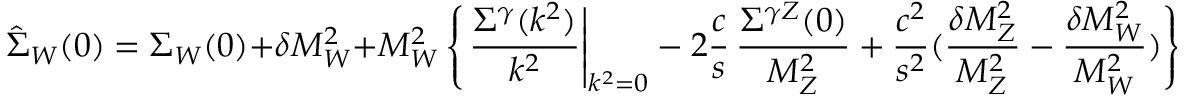
\hat { \Sigma } _ { W } ( 0 ) = { \Sigma } _ { W } ( 0 ) + \delta M _ { W } ^ { 2 } + M _ { W } ^ { 2 } \left\{ \left. { \frac { \Sigma ^ { \gamma } ( k ^ { 2 } ) } { k ^ { 2 } } } \right| _ { k ^ { 2 } = 0 } - 2 { \frac { c } { s } } \, { \frac { \Sigma ^ { \gamma Z } ( 0 ) } { M _ { Z } ^ { 2 } } } + { \frac { c ^ { 2 } } { s ^ { 2 } } } ( { \frac { \delta M _ { Z } ^ { 2 } } { M _ { Z } ^ { 2 } } } - { \frac { \delta M _ { W } ^ { 2 } } { M _ { W } ^ { 2 } } } ) \right\} \, .